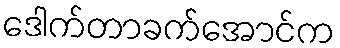
ဒေါက်တာခက်အောင်က